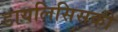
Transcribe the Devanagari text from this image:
डायलिसिसकी